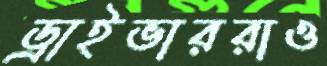
ড্রাইভাররাও